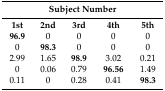
| <COLSPAN=5> Subject Number |
 | --- | --- | --- | --- | --- |
 | 1st | 2nd | 3rd | 4th | 5th |
 | 96.9 | 0 | 0 | 0 | 0 |
 | 0 | 98.3 | 0 | 0 | 0 |
 | 2.99 | 1.65 | 98.9 | 3.02 | 0.21 |
 | 0 | 0.06 | 0.79 | 96.56 | 1.49 |
 | 0.11 | 0 | 0.28 | 0.41 | 98.3 |